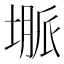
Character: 𱗦